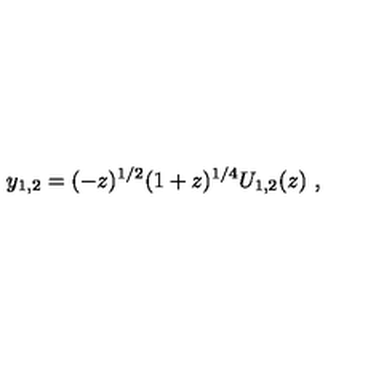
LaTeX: y _ { 1 , 2 } = ( - z ) ^ { 1 / 2 } ( 1 + z ) ^ { 1 / 4 } U _ { 1 , 2 } ( z ) \ ,